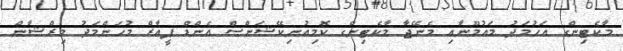
މާކެޓިންގ އަހުމަދު މައުމޫނާއި މެނޭޖާ މާކެޓިންގ ކޮމިއުނިކޭޝަންސް އެންޑް ޕީއާރް މުހަންމަދު މިރްޝާން